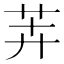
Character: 𬜦